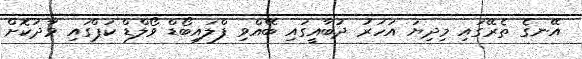
އޭނގެ ތެރޭގައި މިދިޔަ އަހަރު ދުބާއީގައި ބޭއްވި ފްލައިބޯޑް ވޯލްޑް ކަޕްގައި ވާދަކޮށް